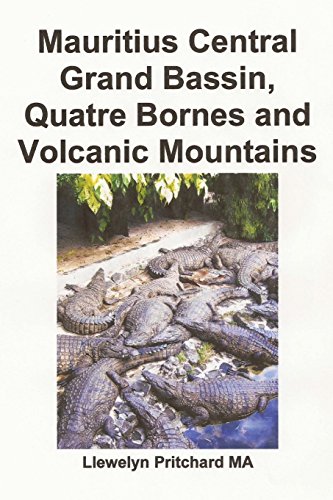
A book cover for Mauritius Central Grand Bassin, Quatre Bornes and Volcanic Mountains: A Souvenir Koleksi foto werna karo tulisan cathetan (Foto Album) (Volume 12) (Javanese Edition); Llewelyn Pritchard MA; Travel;